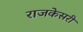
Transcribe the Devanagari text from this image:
राजकेसरी